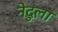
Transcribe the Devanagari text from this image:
नेदुला